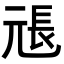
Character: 𭀫